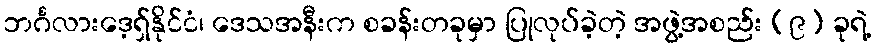
ဘင်္ဂလားဒေ့ရှ်နိုင်ငံ၊ ဒေသအနီးက စခန်းတခုမှာ ပြုလုပ်ခဲ့တဲ့ အဖွဲ့အစည်း (၉) ခုရဲ့